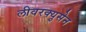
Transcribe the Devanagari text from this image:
लीवरक्युसेन